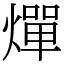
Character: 燀